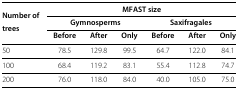
<table><thead><tr><td><b>Number of</b></td><td colspan="6"><b>MFAST size</b></td></tr></thead><tbody><tr><td><b>trees</b></td><td colspan="3"><b>Gymnosperms</b></td><td colspan="3"><b>Saxifragales</b></td></tr><tr><td> </td><td><b>Before</b></td><td><b>After</b></td><td><b>Only</b></td><td><b>Before</b></td><td><b>After</b></td><td><b>Only</b></td></tr><tr><td>50</td><td>78.5</td><td>129.8</td><td>99.5</td><td>64.7</td><td>122.0</td><td>84.1</td></tr><tr><td>100</td><td>68.4</td><td>119.2</td><td>83.1</td><td>55.4</td><td>112.8</td><td>74.7</td></tr><tr><td>200</td><td>76.0</td><td>118.0</td><td>84.0</td><td>40.0</td><td>105.0</td><td>75.0</td></tr></tbody></table>